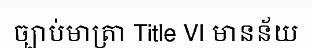
ច្បាប់មាត្រា Title VI មានន័យ